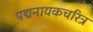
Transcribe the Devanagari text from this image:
पद्मनायकचरित्र